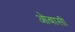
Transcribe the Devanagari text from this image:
ओबासी